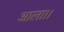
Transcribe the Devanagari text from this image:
आला।।